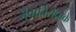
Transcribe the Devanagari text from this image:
जैवाविरोधाके